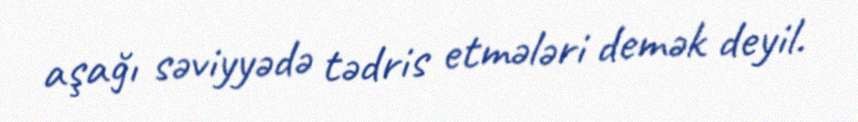
aşağı səviyyədə tədris etmələri demək deyil.